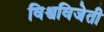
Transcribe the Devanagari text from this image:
विश्वविजेती